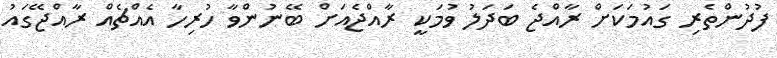
ފުދުންތެރި ގައުމަކަށް ރާއްޖެ ބަދަލު ވުމަކީ ރާއްޖެއަށް ބޭނުންވާ ހުރިހާ އެއްޗެއް ރާއްޖޭގައު